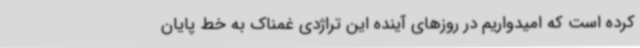
کرده است که امیدواریم در روزهای آینده این تراژدی غمناک به خط پایان